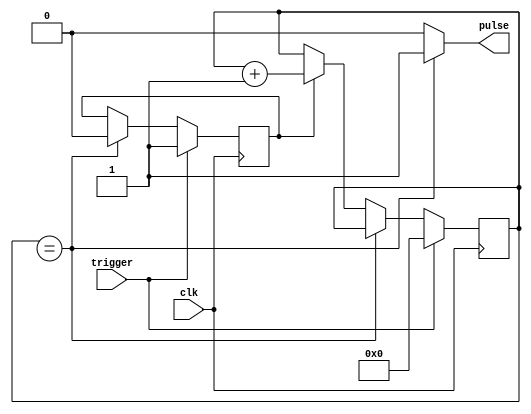
module one_shot_timer (
    input wire clk,
    input wire trigger,
    output reg pulse
);

reg [7:0] timer_count;
reg [7:0] preset_value;
reg enable_pulse;

always @(posedge clk) begin
    if (trigger) begin
        timer_count <= 0;
        enable_pulse <= 1;
    end else if (timer_count == preset_value) begin
        enable_pulse <= 0;
    end else if (enable_pulse) begin
        timer_count <= timer_count + 1;
    end
end

always @(*) begin
    if (timer_count == preset_value) begin
        pulse <= 1;
    end else begin
        pulse <= 0;
    end
end

endmodule